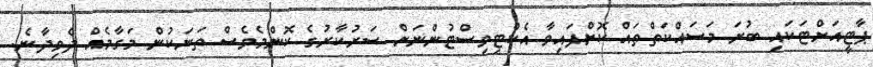
ޕާޓީއަށްޓަކައި ބުރަ މަސައްކަތްތައް ކޮށްފައިވާ އެކްޓިވިސްޓުންނަށް ސަރުކާރުގެ ކޮންމެވެސް ތަނަކުން މަގާމެއް ދެވިދާނެ.